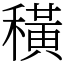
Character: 穔